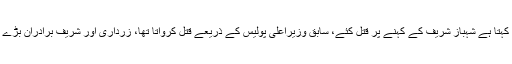
انہوں نے کہا کہ شہباز شریف نے بھائی سے وفا داری نہیں کی، ملک سے کیا کرے گا، عابد باکسر کہتا ہے شہباز شریف کے کہنے پر قتل کئے، سابق وزیراعلیٰ پولیس کے ذریعے قتل کرواتا تھا، زرداری اور شریف برادران بڑے مگر مچھ ہیں، انہوں نے اربوں روپے کی جائیدادیں بنائیں، ایک ہی گیند پر دونوں وکٹیں گرائیں گے۔